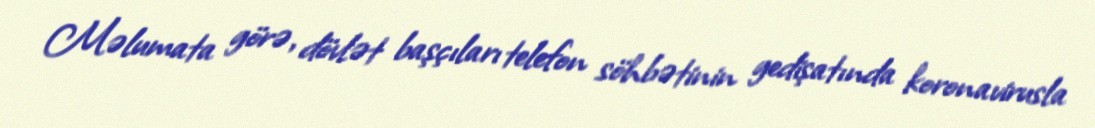
Məlumata görə, dövlət başçıları telefon söhbətinin gedişatında koronavirusla